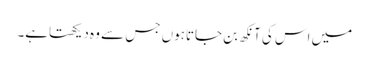
میں اس کی آنکھ بن جاتاہوں جس سے وہ دیکھتاہے۔